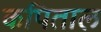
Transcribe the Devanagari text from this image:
कपिताल